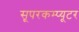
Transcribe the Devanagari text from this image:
सूपरकम्प्यूटर